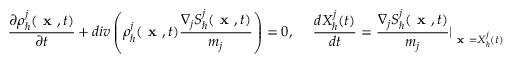
\frac { \partial \rho _ { \hbar } ^ { j } ( \textbf { x } , t ) } { \partial t } + d i v \left( \rho _ { \hbar } ^ { j } ( \textbf { x } , t ) \frac { \nabla _ { j } S _ { \hbar } ^ { j } ( \textbf { x } , t ) } { m _ { j } } \right) = 0 , ~ ~ ~ ~ \frac { d X _ { \hbar } ^ { j } ( t ) } { d t } = \frac { \nabla _ { j } S _ { \hbar } ^ { j } ( \textbf { x } , t ) } { m _ { j } } \vert _ { \textbf { x } = X _ { \hbar } ^ { j } ( t ) }